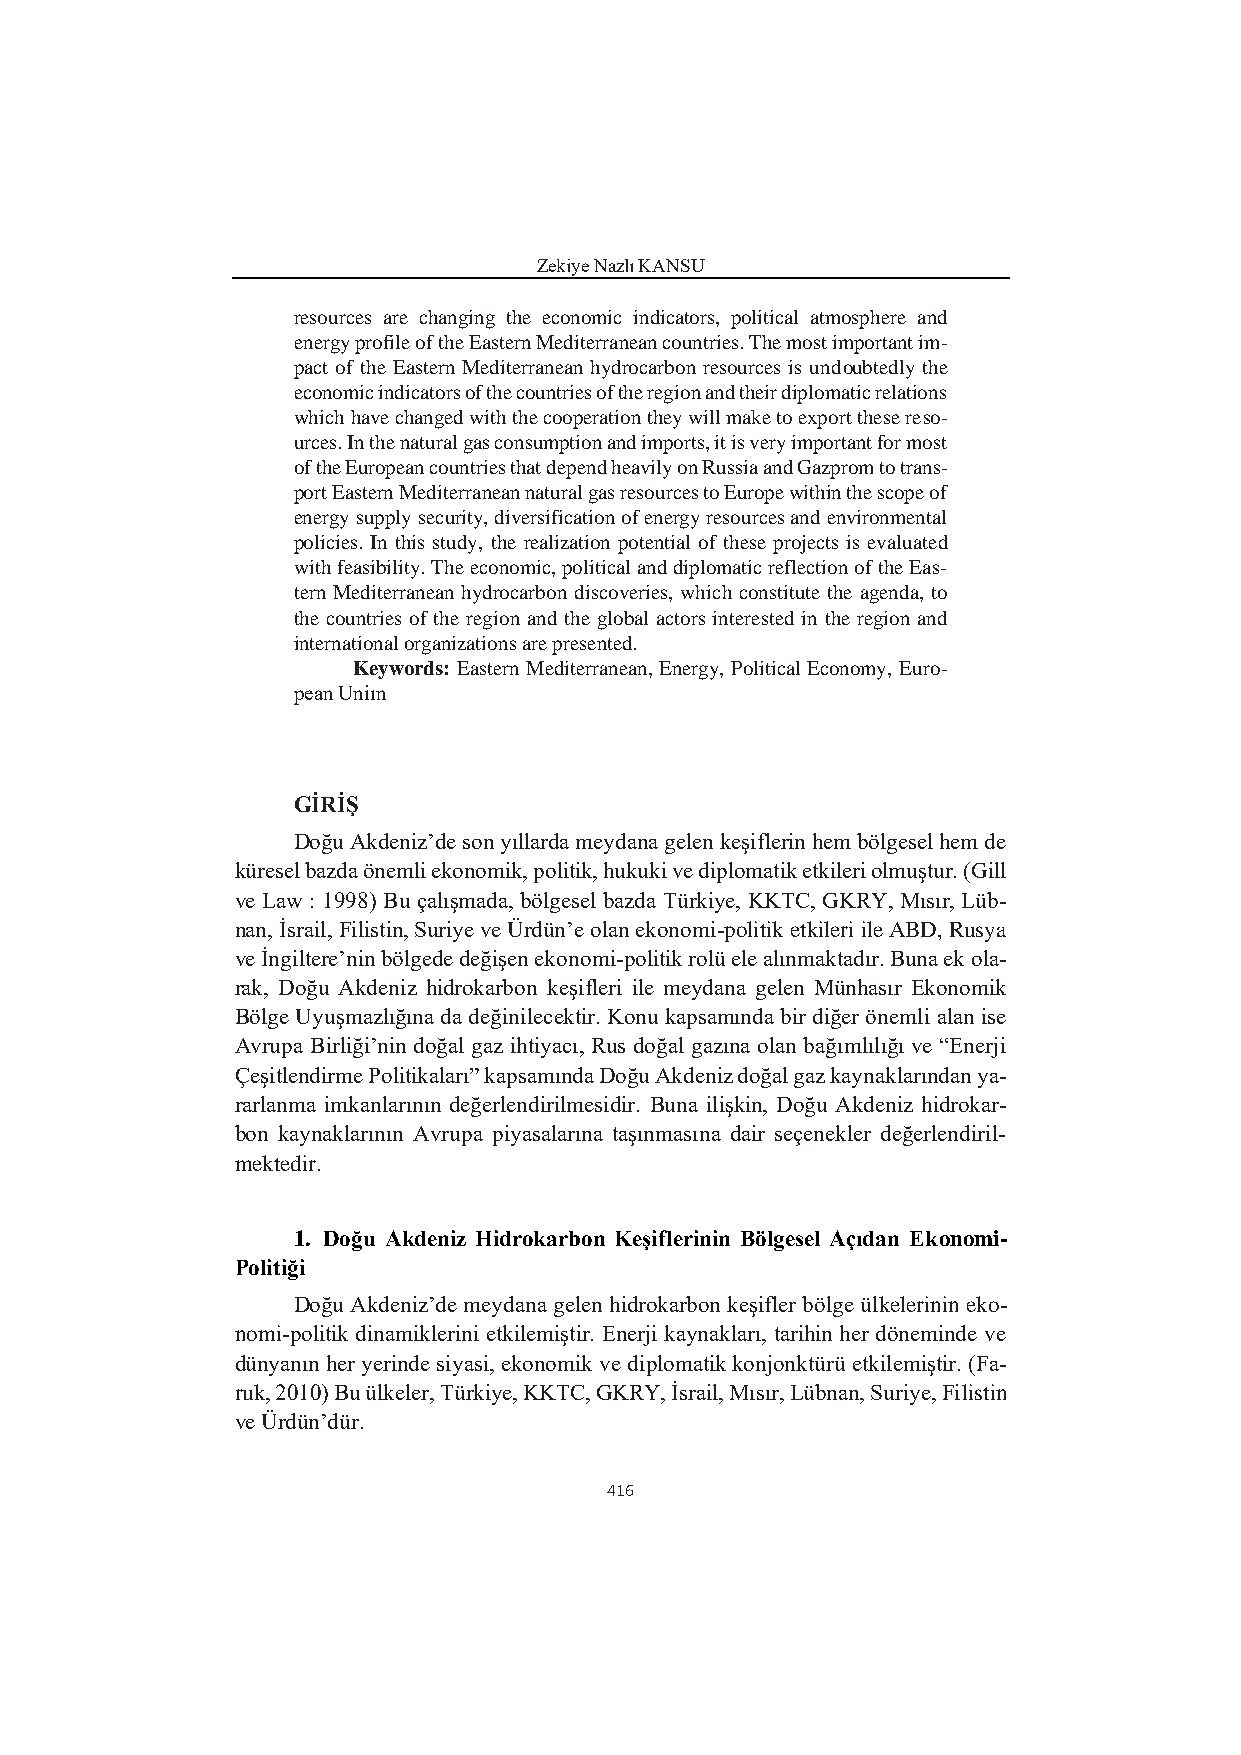
Zekiye Nazlı KANSU
 resources are changing the economic indicators, political atmosphere and
 energy profile of the Eastern Mediterranean countries. The most important im-
 pact of the Eastern Mediterranean hydrocarbon resources is undoubtedly the
 economic indicators of the countries of the region and their diplomatic relations
 which have changed with the cooperation they will make to export these reso-
 urces. In the natural gas consumption and imports, it is very important for most
 of the European countries that depend heavily on Russia and Gazprom to trans-
 port Eastern Mediterranean natural gas resources to Europe within the scope of
 energy supply security, diversification of energy resources and environmental
 policies. In this study, the realization potential of these projects is evaluated
 with feasibility. The economic, political and diplomatic reflection of the Eas-
 tern Mediterranean hydrocarbon discoveries, which constitute the agenda, to
 the countries of the region and the global actors interested in the region and
 international organizations are presented.
 Keywords: Eastern Mediterranean, Energy, Political Economy, Euro-
 pean Uniın
 GİRİŞ
 Doğu Akdeniz’de son yıllarda meydana gelen keşiflerin hem bölgesel hem de
 küresel bazda önemli ekonomik, politik, hukuki ve diplomatik etkileri olmuştur. (Gill
 ve Law : 1998) Bu çalışmada, bölgesel bazda Türkiye, KKTC, GKRY, Mısır, Lüb-
 nan, İsrail, Filistin, Suriye ve Ürdün’e olan ekonomi-politik etkileri ile ABD, Rusya
 ve İngiltere’nin bölgede değişen ekonomi-politik rolü ele alınmaktadır. Buna ek ola-
 rak, Doğu Akdeniz hidrokarbon keşifleri ile meydana gelen Münhasır Ekonomik
 Bölge Uyuşmazlığına da değinilecektir. Konu kapsamında bir diğer önemli alan ise
 Avrupa Birliği’nin doğal gaz ihtiyacı, Rus doğal gazına olan bağımlılığı ve “Enerji
 Çeşitlendirme Politikaları” kapsamında Doğu Akdeniz doğal gaz kaynaklarından ya-
 rarlanma imkanlarının değerlendirilmesidir. Buna ilişkin, Doğu Akdeniz hidrokar-
 bon kaynaklarının Avrupa piyasalarına taşınmasına dair seçenekler değerlendiril-
 mektedir.
 1. Doğu Akdeniz Hidrokarbon Keşiflerinin Bölgesel Açıdan Ekonomi-
 Politiği
 Doğu Akdeniz’de meydana gelen hidrokarbon keşifler bölge ülkelerinin eko-
 nomi-politik dinamiklerini etkilemiştir. Enerji kaynakları, tarihin her döneminde ve
 dünyanın her yerinde siyasi, ekonomik ve diplomatik konjonktürü etkilemiştir. (Fa-
 ruk, 2010) Bu ülkeler, Türkiye, KKTC, GKRY, İsrail, Mısır, Lübnan, Suriye, Filistin
 ve Ürdün’dür.
 416